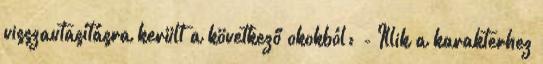
visszautasításra került a következő okokból: - Illik a karakterhez